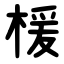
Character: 楥